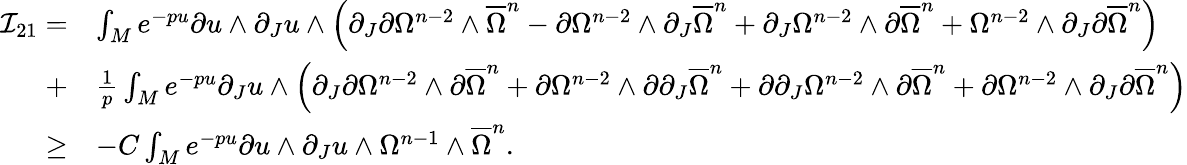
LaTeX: \begin{array}{rl}{\mathcal{I}_{21}=}&{\int_{M}{e^{-pu}\partial u\wedge\partial_{J}u\wedge\Big(\partial_{J}\partial\Omega^{n-2}\wedge{\overline{\Omega}}^{n}-\partial\Omega^{n-2}\wedge\partial_{J}{\overline{\Omega}}^{n}+\partial_{J}\Omega^{n-2}\wedge\partial{\overline{\Omega}}^{n}+\Omega^{n-2}\wedge\partial_{J}\partial{\overline{\Omega}}^{n}\Big)}}\\ {+}&{\frac{1}{p}\int_{M}{e^{-pu}\partial_{J}u\wedge\Big(\partial_{J}\partial\Omega^{n-2}\wedge\partial{\overline{\Omega}}^{n}+\partial\Omega^{n-2}\wedge\partial\partial_{J}{\overline{\Omega}}^{n}+\partial\partial_{J}\Omega^{n-2}\wedge\partial{\overline{\Omega}}^{n}+\partial\Omega^{n-2}\wedge\partial_{J}\partial{\overline{\Omega}}^{n}\Big)}}\\ {\ge}&{-C\int_{M}{e^{-pu}\partial u\wedge\partial_{J}u\wedge\Omega^{n-1}\wedge\overline{\Omega}^{n}}.}\end{array}